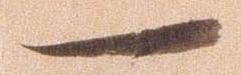
一